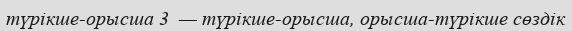
түрікше-орысша 3  — түрікше-орысша, орысша-түрікше сөздік